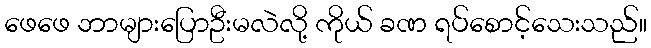
ဖေဖေ ဘာများပြောဦးမလဲလို့ ကိုယ် ခဏ ရပ်စောင့်သေးသည်။